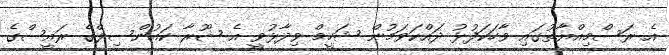
އެ ރަސްމިއްޔާތުގައި ވާހަކަފުޅު ދައްކަވަމުން ޝަހީމް ވިދާޅުވީ އެ ޝޫރާ ކައުންސިލްގެ ރައީސްގެ